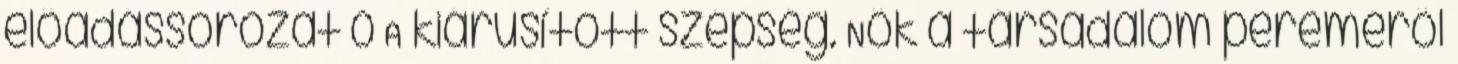
előadássorozat 0 A kiárusított szépség. Nők a társadalom pereméről